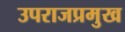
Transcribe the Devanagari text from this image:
उपराजप्रमुख